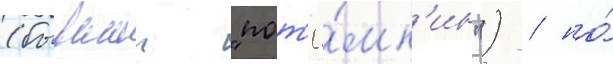
(бывшии "пот'ё́мк'ин") / но́